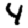
Digit: 4